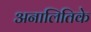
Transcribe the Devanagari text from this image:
अनालितिके